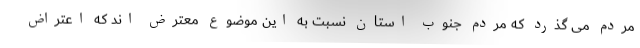
مردم می گذرد که مردم جنوب استان نسبت به این موضوع معترض اند که اعتراض